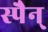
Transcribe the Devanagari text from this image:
स्पैन्